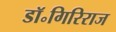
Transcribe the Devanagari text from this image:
डॉ॰गिरिराज